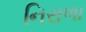
નિરાળા